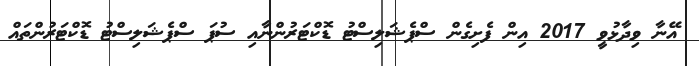
އޭނާ ވިދާޅުވީ 2017 އިން ފެށިގެން ސްޕެޝަލިސްޓު ޑޮކްޓަރުންނާއި ސުޕަ ސްޕެޝަލިސްޓު ޑޮކްޓަރުންތައް